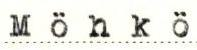
Möhkö